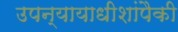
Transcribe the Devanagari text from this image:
उपन्यायाधीशांपैकी